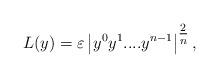
LaTeX: \begin{align*}L(y)=\varepsilon \left\vert y^{0}y^{1}....y^{n-1}\right\vert ^{\tfrac{2}{n}},\end{align*}